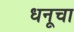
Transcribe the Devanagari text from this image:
धनूचा